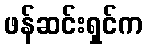
ဖန်ဆင်းရှင်က